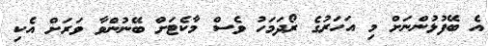
އެ ބޭފުޅުންނަށް މި އަހަރުގެ ރޯދަމަހު ވެސް މާކެޓަށް ބޭނުންވާ ވަރަށް އެކި